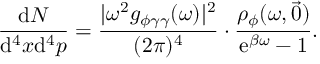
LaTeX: \frac { \mathrm { d } N } { \mathrm { d } ^ { 4 } x \mathrm { d } ^ { 4 } p } = \frac { | \omega ^ { 2 } g _ { \phi \gamma \gamma } ( \omega ) | ^ { 2 } } { ( 2 \pi ) ^ { 4 } } \cdot \frac { \rho _ { \phi } ( \omega , \vec { 0 } ) } { \mathrm { e } ^ { \beta \omega } - 1 } .